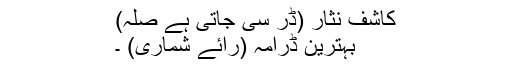
کاشف نثار (ڈر سی جاتی ہے صلہ)
بہترین ڈرامہ (رائے شماری) ۔